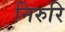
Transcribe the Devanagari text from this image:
निरुरि